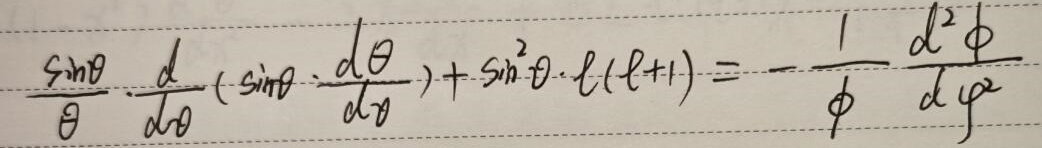
\[
\frac{\sin\theta}{\theta}\cdot\frac{d}{d\theta}\left(\sin\theta\cdot\frac{d\theta}{d\varphi}\right)+\sin^{2}\theta\cdot\ell(\ell + 1)=-\frac{1}{\phi}\cdot\frac{d^{2}\phi}{d\varphi^{2}}
\]